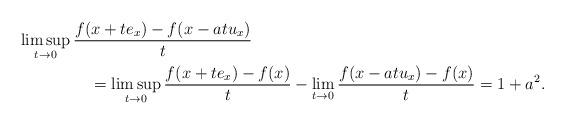
LaTeX: \begin{align*}\limsup_{t\to 0}\,&\frac{f(x+te_x) - f(x- at u_x)}{t}\\&\quad=\limsup_{t\to 0}\frac{f(x+t e_x)-f(x)}{t}-\lim_{t\to 0} \frac{f(x-{at}u_x)-f(x)}{t}= 1 + a^2.\end{align*}